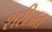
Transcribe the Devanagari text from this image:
शरीअत